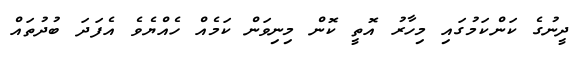
ދީނުގެ ކަންކަމުގައި މިހާރު އޮތީ ކޮން މިނިވަން ކަމެއް ހެއްޔެވެ އެފަދަ ބުދުތައް